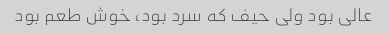
عالی بود ولی حیف که سرد بود، خوش طعم بود